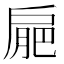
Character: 𢩒